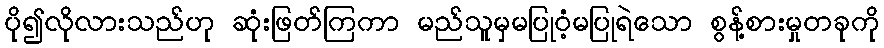
ပို၍လိုလားသည်ဟု ဆုံးဖြတ်ကြကာ မည်သူမှမပြုဝံ့မပြုရဲသော စွန့်စားမှုတခုကို